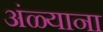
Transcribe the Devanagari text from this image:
अंळ्याना